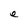
Character: e